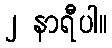
၂ နာရီပါ။